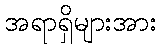
အရာရှိများအား